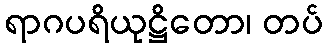
ရာဂပရိယုဋ္ဌိတော၊ တပ်